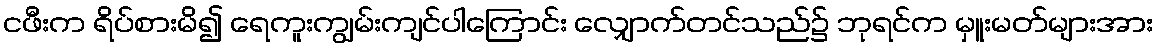
ငဖီးက ရိပ်စားမိ၍ ရေကူးကျွမ်းကျင်ပါကြောင်း လျှောက်တင်သည်၌ ဘုရင်က မှူးမတ်များအား